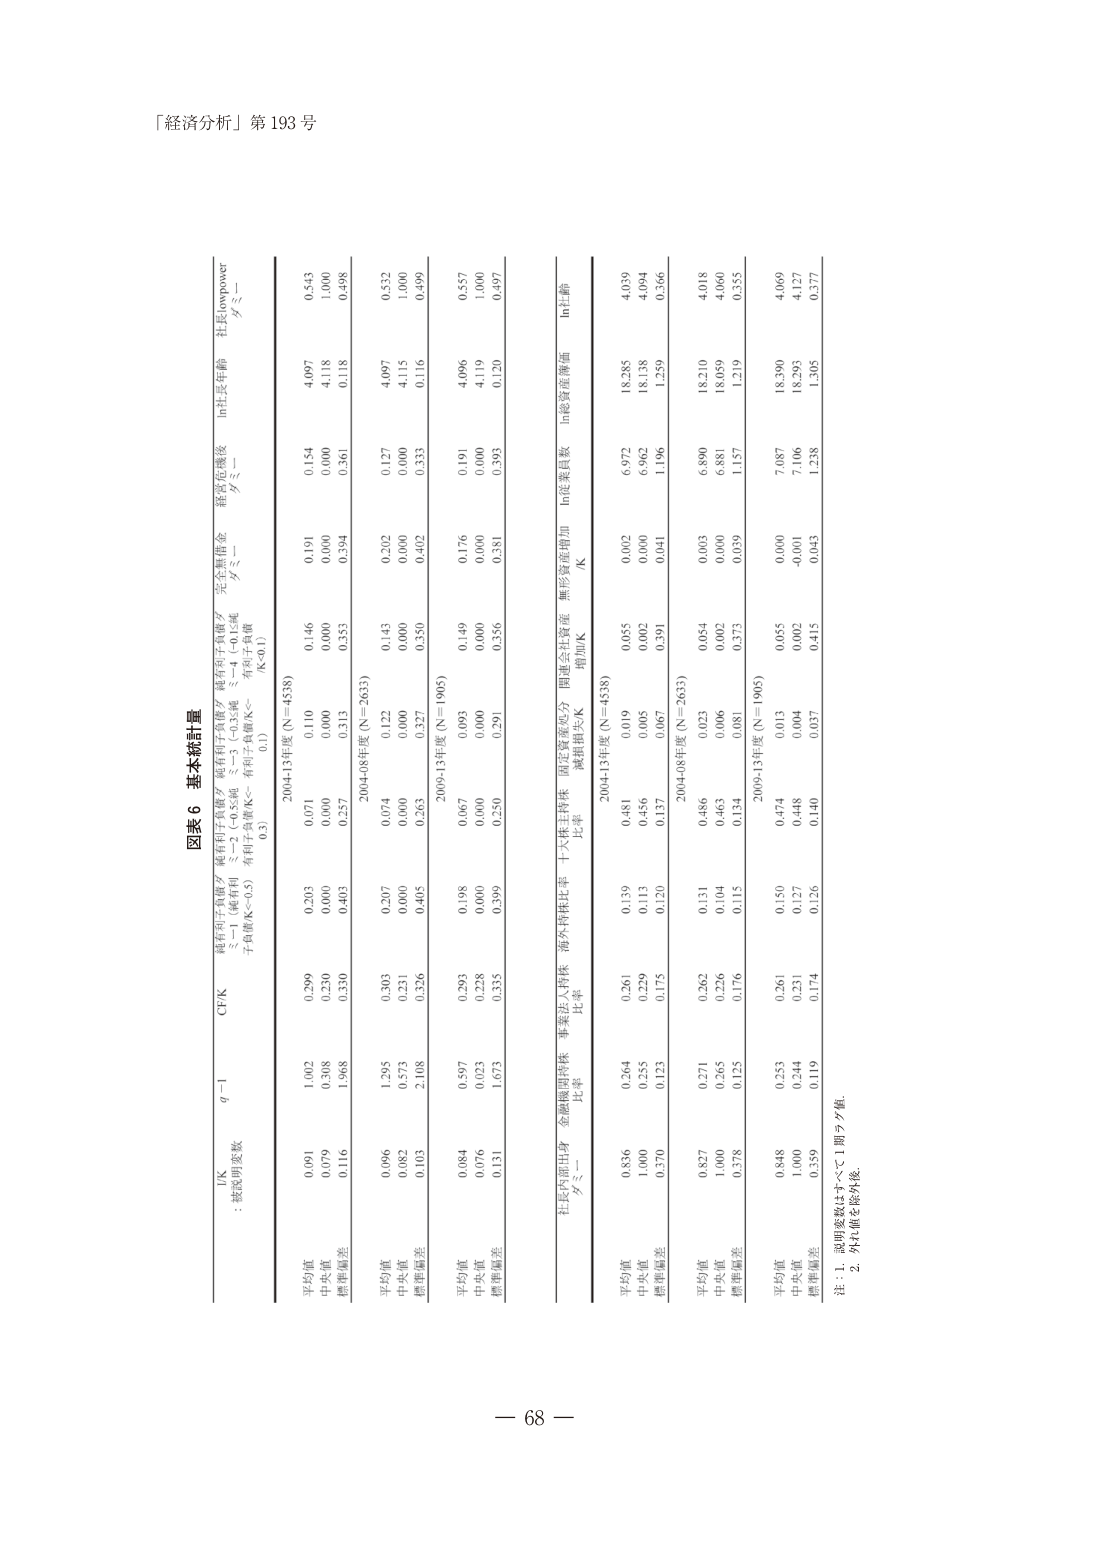
「経済分析」第 193 号

図表 6 基本統計量

lnK
：被説明変数

q-1
CFK
継有担子負債／
ミー1（純有利
子負債/K<0.5）
継有担子負債／
ミー2（-0.5≦純
有利子負債/K<-
0.1）
継有担子負債／
ミー3（-0.1≦純
有利子負債/K<-
0.1）
継有担子負債／
ミー4（-0.1≦純
有利子負債/K<-
0.1）
完全無形資産
ダミー
経営者離脱後
ダミー
ln社長年齢
社長power
ダミー

2004-13年度（N＝4538）

平均値
0.091
1.002
0.299
0.203
0.071
0.110
0.146
0.191
0.154
4.097
0.543

中央値
0.079
0.508
0.230
0.000
0.000
0.000
0.000
0.000
0.000
4.118
1.000

標準偏差
0.116
1.968
0.330
0.403
0.257
0.313
0.353
0.394
0.361
0.118
0.498

2004-08年度（N＝2633）

平均値
0.096
1.295
0.303
0.207
0.074
0.122
0.143
0.202
0.127
4.097
0.532

中央値
0.082
0.573
0.231
0.000
0.000
0.000
0.000
0.000
0.000
4.115
1.000

標準偏差
0.103
2.108
0.326
0.405
0.263
0.327
0.350
0.402
0.333
0.116
0.499

2004-13年度（N＝1905）

平均値
0.084
0.597
0.293
0.198
0.067
0.093
0.149
0.176
0.191
4.096
0.537

中央値
0.076
0.023
0.228
0.000
0.000
0.000
0.000
0.000
0.000
4.119
1.000

標準偏差
0.131
1.673
0.335
0.399
0.250
0.291
0.356
0.381
0.393
0.120
0.497

社長内部出身
ダミー
金融機関持株
比率
事業法人持株
比率
海外持株比率
十六株主持株
比率
固定資産処分
減損損失/K
間接会社資産
増加/K
無形資産増加
/K
ln従業員数
ln総資産簿価
lnL齢

2004-13年度（N＝4538）

平均値
0.836
0.264
0.261
0.139
0.481
0.019
0.055
0.002
6.972
18.285
4.039

中央値
1.000
0.255
0.229
0.113
0.456
0.005
0.002
0.000
6.962
18.138
4.094

標準偏差
0.370
0.123
0.175
0.120
0.137
0.067
0.391
0.041
1.196
1.259
0.366

2004-08年度（N＝2633）

平均値
0.827
0.271
0.262
0.131
0.486
0.023
0.054
0.003
6.890
18.210
4.018

中央値
1.000
0.265
0.226
0.104
0.463
0.006
0.002
0.000
6.881
18.059
4.060

標準偏差
0.378
0.125
0.176
0.115
0.134
0.081
0.373
0.039
1.157
1.219
0.355

2004-13年度（N＝1905）

平均値
0.848
0.253
0.261
0.150
0.474
0.013
0.055
0.000
7.087
18.390
4.069

中央値
1.000
0.244
0.231
0.127
0.448
0.004
0.002
-0.001
7.106
18.293
4.127

標準偏差
0.359
0.119
0.174
0.126
0.140
0.037
0.415
0.043
1.238
1.305
0.377

注：1．説明変数はすべて1期ラグ値。
2．外れ値を除外後。

－ 68 －